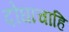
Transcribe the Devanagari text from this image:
दोघांचाहि